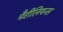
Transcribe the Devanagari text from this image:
मैरीलियन्स